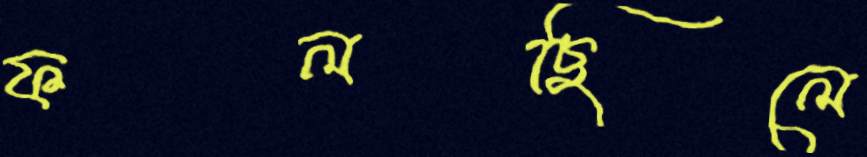
ফলছিলে